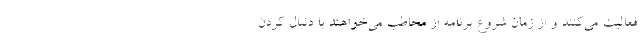
فعالیت می‌کنند و از زمان شروع برنامه از مخاطب می‌خواهند با دنبال کردن